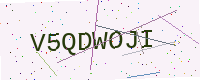
Text: V5QDWOJI